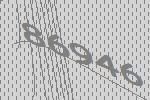
86946